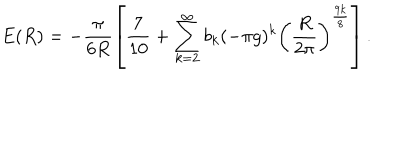
LaTeX: E ( R ) = - \frac { \pi } { 6 R } \left[ { \frac { 7 } { 1 0 } } + \sum _ { k = 2 } ^ { \infty } b _ { k } ( - \pi g ) ^ { k } \left( \frac { R } { 2 \pi } \right) ^ { \frac { 9 k } { 8 } } \right] .